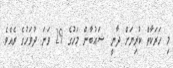
މި ހަރަކާތް ކުރިޔަށް ދާނީ ޝަޢުބާން މަހުގެ 29 ވަނަ ދުވަހުގެ ރެއެވެ.